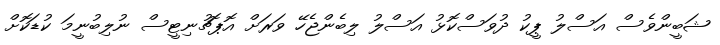
ޝަބީންވެސް އަސްލު ޕީކު ދުވަސްކޮޅު އަސްލު ލިބެންޖެހޭ ވަރަށް އޮޕޮޗުނިޓީސް ނުލިބުނީމަ ކުޑަކޮށް